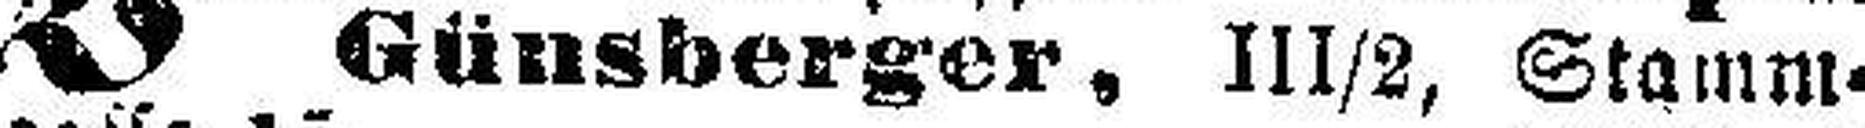
Günsberger, III/2, Stamm¬